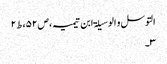
التوسل و الوسیلۃ ابن تیمیہ،ص۵۲،ط۲
۳۔